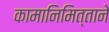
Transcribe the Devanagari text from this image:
कामानिमित्ताने